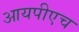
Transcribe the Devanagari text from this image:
आयपीएच